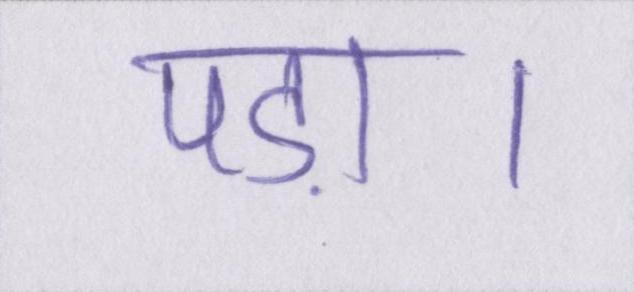
पड़ा।